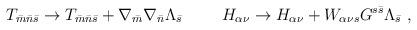
LaTeX: \begin{align*}T_{{\bar m}{\bar n}{\bar s}}\rightarrow T_{{\bar m}{\bar n}{\bar s}}+\nabla_{\bar m}\nabla_{\bar n}\Lambda_{\bar s} \hskip 1cmH_{\alpha\nu}\rightarrow H_{\alpha\nu} +W_{\alpha\nu s}G^{s{\bar s}}\Lambda_{\bar s} \ ,\end{align*}